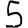
Digit: 5